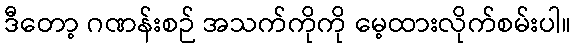
ဒီတော့ ဂဏန်းစဉ် အသက်ကိုကို မေ့ထားလိုက်စမ်းပါ။